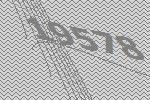
19578